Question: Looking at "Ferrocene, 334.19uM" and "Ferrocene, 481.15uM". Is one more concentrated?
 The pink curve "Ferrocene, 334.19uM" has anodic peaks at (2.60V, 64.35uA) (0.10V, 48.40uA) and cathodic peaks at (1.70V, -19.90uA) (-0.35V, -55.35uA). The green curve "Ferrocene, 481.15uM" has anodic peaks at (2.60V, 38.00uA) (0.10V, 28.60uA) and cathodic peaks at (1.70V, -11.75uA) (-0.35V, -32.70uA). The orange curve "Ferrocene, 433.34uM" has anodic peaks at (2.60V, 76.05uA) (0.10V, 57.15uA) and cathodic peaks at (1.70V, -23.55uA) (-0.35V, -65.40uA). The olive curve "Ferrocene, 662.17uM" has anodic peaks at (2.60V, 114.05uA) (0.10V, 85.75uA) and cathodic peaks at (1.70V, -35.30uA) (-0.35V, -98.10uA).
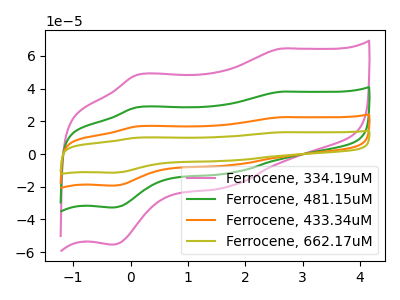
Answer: <think>All the peaks in "Ferrocene, 334.19uM" have a peak in "Ferrocene, 481.15uM" at the same potential. Every peak in "Ferrocene, 334.19uM" is higher than every peak in "Ferrocene, 481.15uM".
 </think>
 <answer>"Ferrocene, 334.19uM" has more signal than "Ferrocene, 481.15uM" and so likely has a higher concentration.</answer>
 <eval>more_concentration</eval>